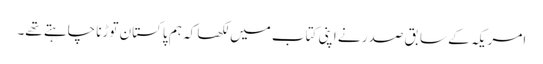
امریکہ کے سابق صدر نے اپنی کتاب میں لکھا کہ ہم پاکستان توڑنا چاہتے تھے۔